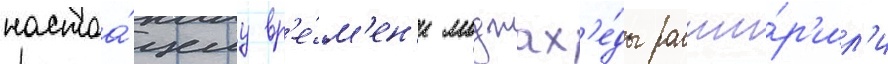
настоа́щему вр'е́м'ен'и моджах'е́ды расши́р'ил'и